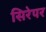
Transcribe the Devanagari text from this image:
सिरेपर